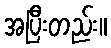
အပြီးတည်း။